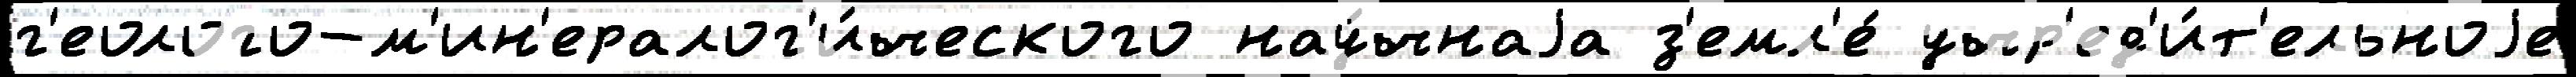
г'еолого-м'ин'ералог'и́ческого нау́чнаjа з'емл'е́ учр'ед'и́т'ельноjе